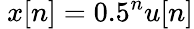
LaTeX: \ x[n]=0.5^{n}u[n]